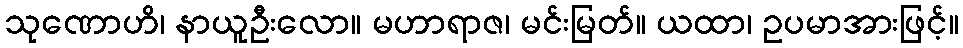
သုဏောဟိ၊ နာယူဦးလော။ မဟာရာဇ၊ မင်းမြတ်။ ယထာ၊ ဥပမာအားဖြင့်။